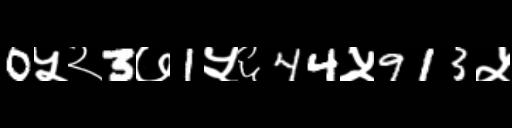
Text: 0५२3७1५६44५913५